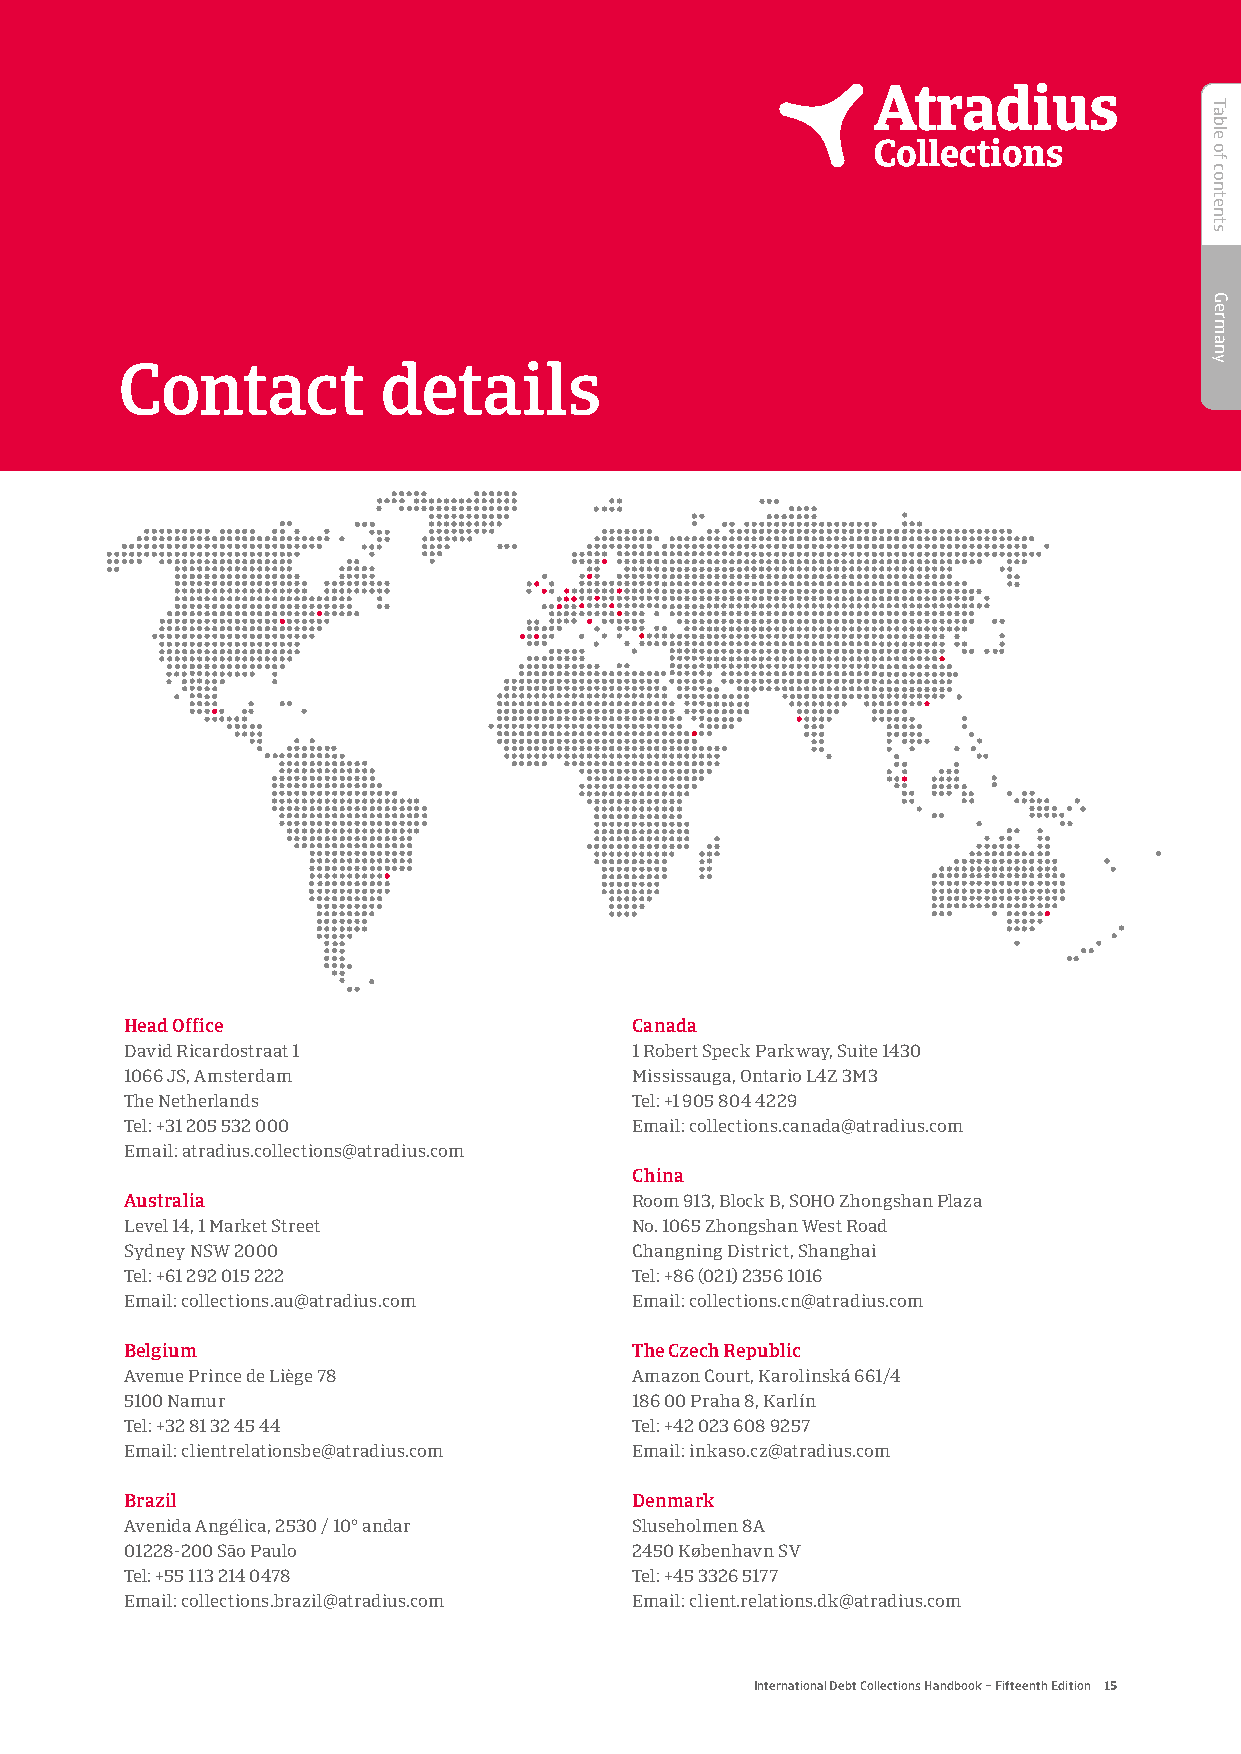
Contact          details
 Head Office                       Canada
 David Ricardostraat 1             1 Robert Speck Parkway, Suite 1430
 1066 JS, Amsterdam                Mississauga, Ontario L4Z 3M3
 The Netherlands                   Tel: +1 905 804 4229
 Tel: +31 205 532 000              Email: collections.canada@atradius.com
 Email: atradius.collections@atradius.com
 China
 Australia                         Room 913, Block B, SOHO Zhongshan Plaza
 Level 14, 1 Market Street         No. 1065 Zhongshan West Road
 Sydney NSW 2000                   Changning District, Shanghai
 Tel: +61 292 015 222              Tel: +86 (021) 2356 1016
 Email: collections.au@atradius.com Email: collections.cn@atradius.com
 Belgium                           The Czech Republic
 Avenue Prince de Liège 78         Amazon Court, Karolinská 661/4
 5100 Namur                        186 00 Praha 8, Karlín
 Tel: +32 81 32 45 44              Tel: +42 023 608 9257
 Email: clientrelationsbe@atradius.com Email: inkaso.cz@atradius.com
 Brazil                            Denmark
 Avenida Angélica, 2530 / 10º andar Sluseholmen 8A
 01228-200 São Paulo               2450 København SV
 Tel: +55 113 214 0478             Tel: +45 3326 5177
 Email: collections.brazil@atradius.com Email: client.relations.dk@atradius.com
 International Debt Collections Handbook – Fifteenth Edition 15
 Table
 of
 contents
 Germany